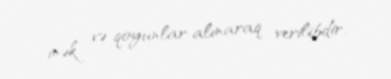
inək və qoyunlar alınaraq verilibdir.